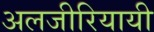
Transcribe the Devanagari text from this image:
अलजीरियायी